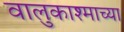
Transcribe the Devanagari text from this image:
वालुकाश्माच्या